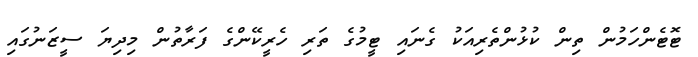
ޓޮޓެންހަމުން ތިން ކުޅުންތެރިއަކު ގެނައި ޓީމުގެ ތަރި ހެރީކޭންގެ ފަރާތުން މިދިޔަ ސީޒަނުގައި